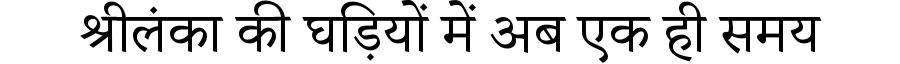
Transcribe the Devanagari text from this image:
श्रीलंका की घड़ियों में अब एक ही समय